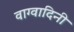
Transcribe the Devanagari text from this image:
वाग्वादिनी